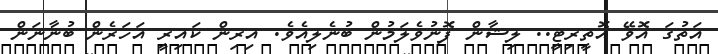
އަތުގަ އޮވޭ އޮތީރިޓީ.. ލިޝާން ފޮނުވެލަމުން ބުނެލިއެވެ. އިރިން ކައިރީ އަހަރެން ބުނާނަން